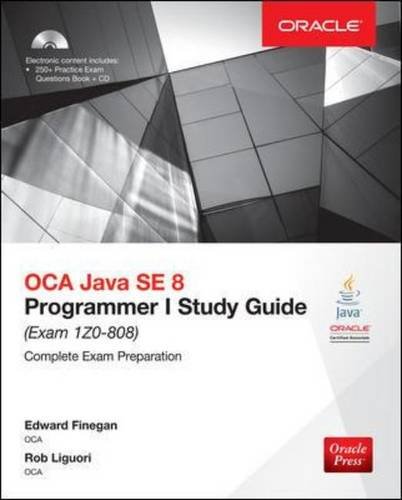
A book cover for OCA Java SE 8 Programmer I Study Guide (Exam 1Z0-808) (Oracle Press); Edward Finegan; Computers & Technology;